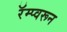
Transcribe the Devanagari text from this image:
रॅम्प्वरून